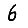
Digit: 6